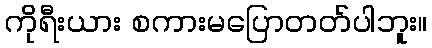
ကိုရီးယား စကားမပြောတတ်ပါဘူး။